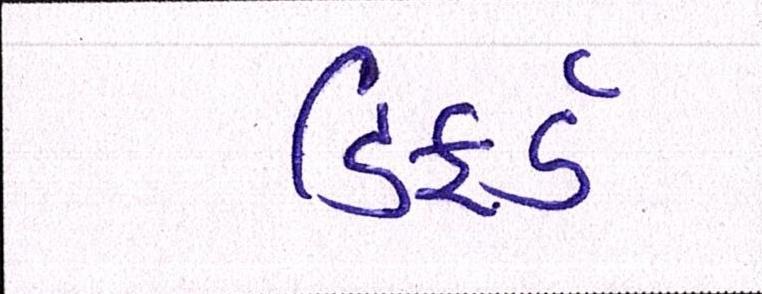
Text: ડિફર્ડ